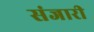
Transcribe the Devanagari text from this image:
संजारी